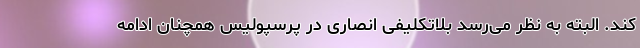
کند. البته به نظر می‌رسد بلاتکلیفی انصاری در پرسپولیس همچنان ادامه